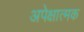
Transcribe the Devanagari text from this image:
अपेक्षात्मक